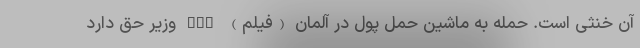
آن خنثی است. حمله به ماشین حمل پول در آلمان (فیلم) nan وزیر حق دارد